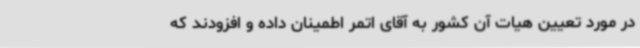
در مورد تعیین هیات آن کشور به آقای اتمر اطمینان داده و افزودند که